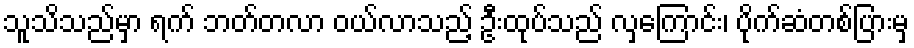
သူသိသည်မှာ ရက် ဘတ်တလာ ဝယ်လာသည့် ဦးထုပ်သည် လှကြောင်း၊ ပိုက်ဆံတစ်ပြားမှ